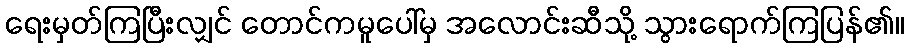
ရေးမှတ်ကြပြီးလျှင် တောင်ကမူပေါ်မှ အလောင်းဆီသို့ သွားရောက်ကြပြန်၏။